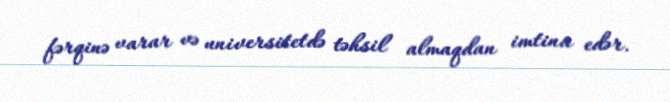
fərqinə varar və universitetdə təhsil almaqdan imtina edər.